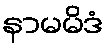
နာမမိဒံ